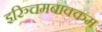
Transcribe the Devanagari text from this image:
इरिञ्चमबाक्कम